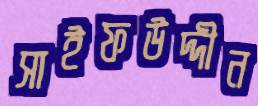
সাইফউদ্দীন